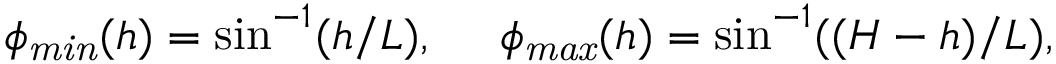
\phi _ { \mathit { m i n } } ( h ) = \sin ^ { - 1 } ( h / L ) , \ \ \ \ \phi _ { \mathit { m a x } } ( h ) = \sin ^ { - 1 } ( ( H - h ) / L ) ,